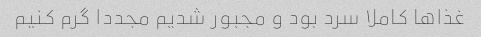
غذا‌ها کاملا سرد بود و مجبور شدیم مجددا گرم کنیم